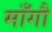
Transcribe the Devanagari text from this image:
माँगौ